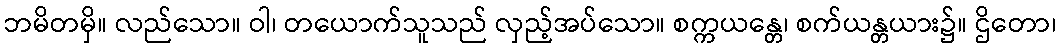
ဘမိတမှိ။ လည်သော။ ဝါ၊ တယောက်သူသည် လှည့်အပ်သော။ စက္ကယန္တေ၊ စက်ယန္တယား၌။ ဌိတော၊